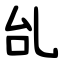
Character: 乨